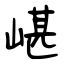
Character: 嵁